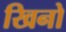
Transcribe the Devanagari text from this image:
खिनो